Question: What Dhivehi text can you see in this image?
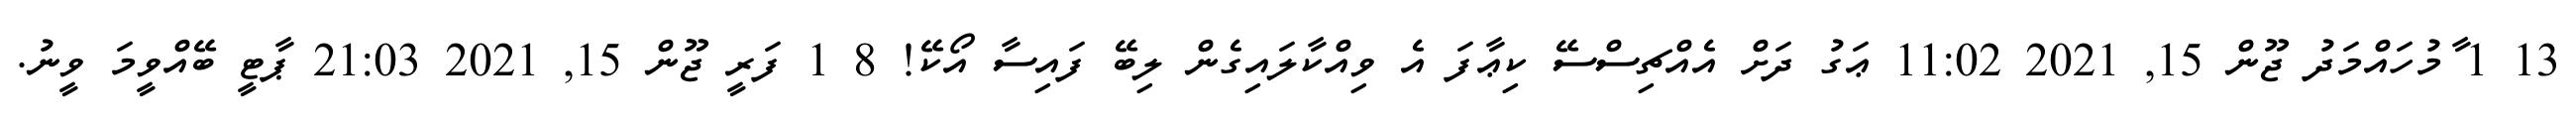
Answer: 13 1 ާމުހައްމަދު ޖޫން 15, 2021 11:02 ޢަގު ދަށް އެއްޗިސްސޭ ކިޢާފަ އެ ވިއްކާލައިގެން ލިބޭ ފައިސާ އޯކޭ! 8 1 ފަރީ ޖޫން 15, 2021 21:03 ޕާޓީ ބޭއްވީމަ ވީނު.